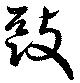
駆